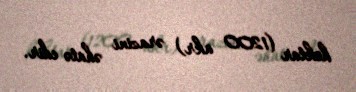
hektar (1200 akr) ərazini əhatə edir.